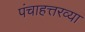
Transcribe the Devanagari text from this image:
पंचाहत्तरव्या